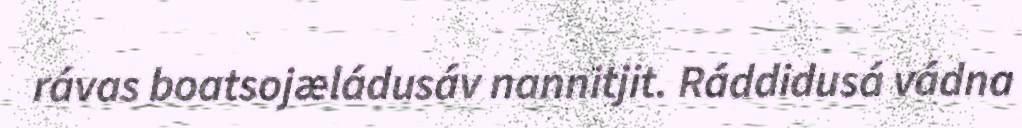
rávas boatsojæládusáv nannitjit. Ráddidusá vádna